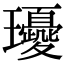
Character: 𤫘